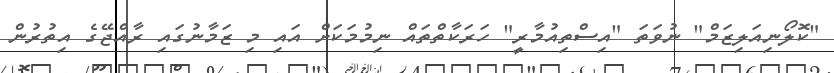
"ކޮލޯނިއަލިޒަމް" ނުވަތަ "އިސްތިއުމާރީ" ހަރަކާތްތައް ނިމުމަކަށް އައި މި ޒަމާނުގައި ރާއްޖޭގެ އިތުރުން